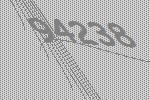
94238